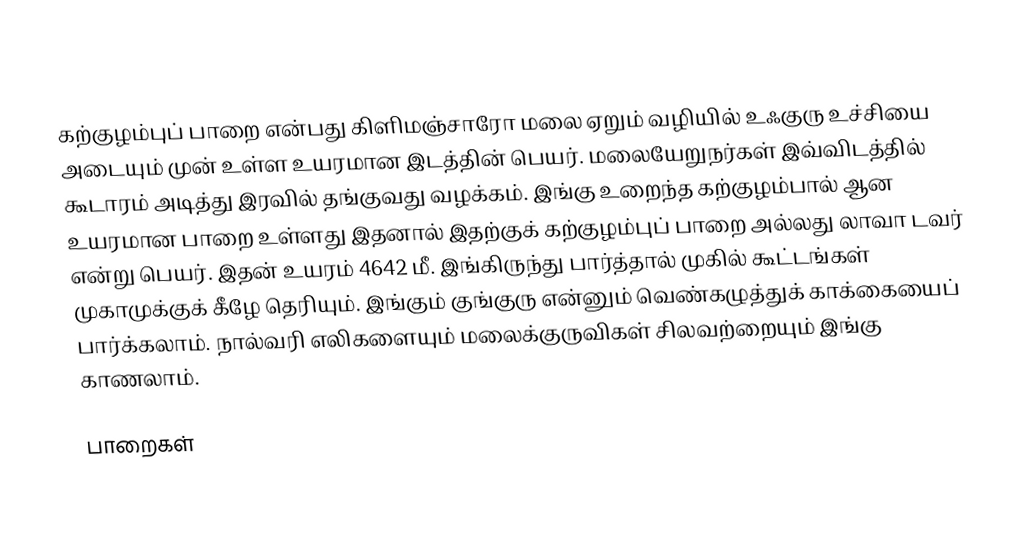
கற்குழம்புப் பாறை என்பது கிளிமஞ்சாரோ மலை ஏறும் வழியில் உஃகுரு உச்சியை அடையும் முன் உள்ள உயரமான இடத்தின் பெயர். மலையேறுநர்கள் இவ்விடத்தில் கூடாரம் அடித்து இரவில் தங்குவது வழக்கம். இங்கு உறைந்த கற்குழம்பால் ஆன உயரமான பாறை உள்ளது இதனால் இதற்குக் கற்குழம்புப் பாறை அல்லது லாவா டவர் என்று பெயர். இதன் உயரம் 4642 மீ. இங்கிருந்து பார்த்தால் முகில் கூட்டங்கள் முகாமுக்குக் கீழே தெரியும். இங்கும் குங்குரு என்னும் வெண்கழுத்துக் காக்கையைப் பார்க்கலாம். நால்வரி எலிகளையும் மலைக்குருவிகள் சிலவற்றையும் இங்கு காணலாம்.

பாறைகள்